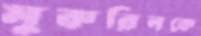
মুকরিনকে